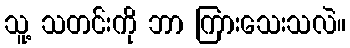
သူ့ သတင်းကို ဘာ ကြားသေးသလဲ။